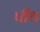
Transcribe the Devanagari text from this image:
पीथ